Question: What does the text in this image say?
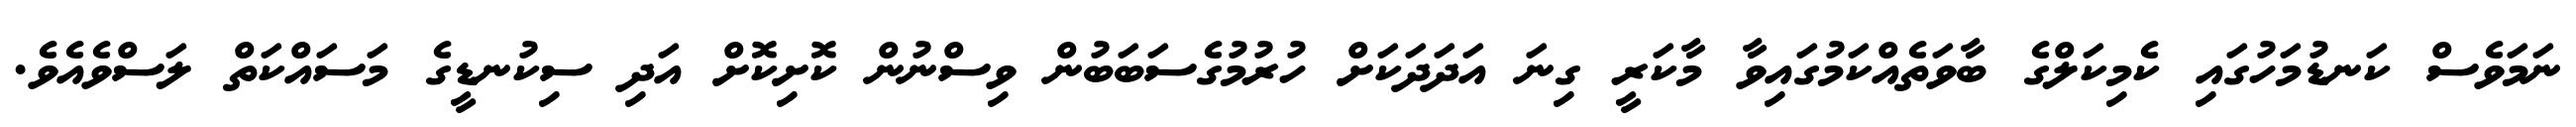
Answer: ނަމަވެސް ކަނޑުމަހުގައި ކެމިކަލްގެ ބާވަތެއްކަމުގައިވާ މާކަރީ ގިނަ އަދަދަކަށް ހުރުމުގެސަބަބުން ވިސްނުން ކޮށިކޮށް އަދި ސިކުނޑީގެ މަސައްކަތް ލަސްވެއެވެ.